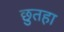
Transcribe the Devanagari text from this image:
छुतहा